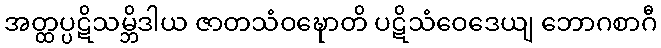
အတ္ထပ္ပဋိသမ္ဘိဒါယ ဇာတသံဝဍ္ဎောတိ ပဋိသံဝေဒေယျ ဘောဂစာဂီ